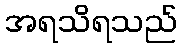
အရသိရသည်